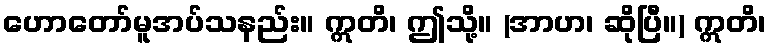
ဟောတော်မူအပ်သနည်း။ ဣတိ၊ ဤသို့။ (အာဟ၊ ဆိုပြီ။) ဣတိ၊